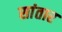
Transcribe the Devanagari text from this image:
सांतार